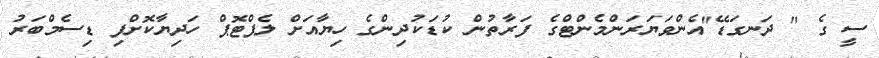
ސީ ގެ " ދަނގަޑޭ"އެންވަޔަރަންމެންޓްގެ ފަރާތުން ކުޑަކުދިންގެ ހިޔާއަށް ލެޕްޓޮޕް ހަދިޔާކޮށްފި ޑިސެމްބަރު